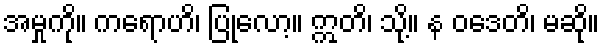
အမှုကို။ ကရောဟိ၊ ပြုလော့။ ဣတိ၊ သို့။ န ဝဒေတိ၊ မဆို။